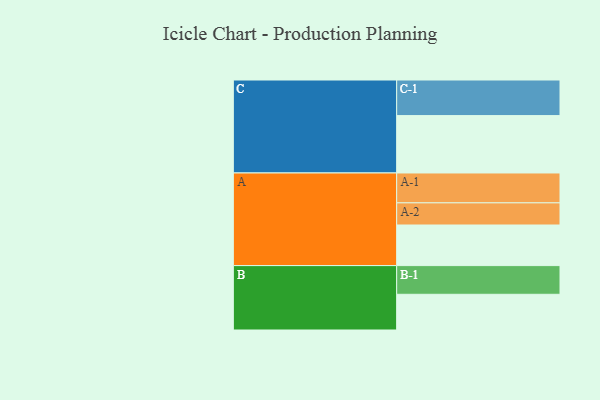
{"axis": {"x": "Segment", "y": "Value"}, "legend": ["", "A", "B", "C"], "data": [{"x": "A", "y": 341, "type": ""}, {"x": "B", "y": 300, "type": ""}, {"x": "C", "y": 482, "type": ""}, {"x": "A-1", "y": 251, "type": "A"}, {"x": "A-2", "y": 186, "type": "A"}, {"x": "B-1", "y": 241, "type": "B"}, {"x": "C-1", "y": 299, "type": "C"}]}